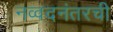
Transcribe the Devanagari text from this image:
नव्वदनंतरची